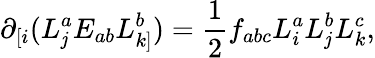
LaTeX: \partial_{[i}(L_{\mathit{j}}^{a}E_{ab}L_{k]}^{b})=\frac{{1}}{{2}}f_{abc}L_{i}^{a}L_{\mathit{j}}^{b}L_{k}^{c},